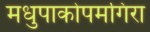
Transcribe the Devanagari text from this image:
मधुपाकोपमगिरा